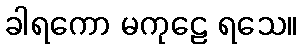
ခါရကော မကုဠေ ရသေ။